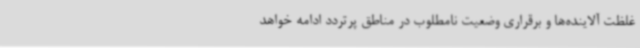
غلظت آلاینده‌ها و برقراری وضعیت نامطلوب در مناطق پرتردد ادامه خواهد